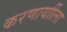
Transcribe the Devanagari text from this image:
करणार्याीला